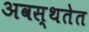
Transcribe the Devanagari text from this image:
अवस्थतेत